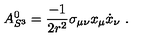
A _ { S ^ { 3 } } ^ { 0 } = { \frac { - 1 } { 2 r ^ { 2 } } } \sigma _ { \mu \nu } x _ { \mu } \dot { x } _ { \nu } \ .